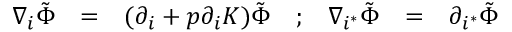
\begin{array} { c c c c c c c } { { \nabla _ { i } \tilde { \Phi } } } & { { = } } & { { ( \partial _ { i } + p \partial _ { i } { \cal K } ) \tilde { \Phi } } } & { { ; } } & { { \nabla _ { i ^ { * } } \tilde { \Phi } } } & { { = } } & { { \partial _ { i ^ { * } } \tilde { \Phi } } } \end{array}